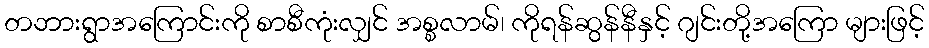
တဘားရွာအကြောင်းကို စာစီကုံးလျှင် အစ္စလာမ်၊ ကိုရန်ဆွန်နီနှင့် ဂျင်းတို့အကြော များဖြင့်